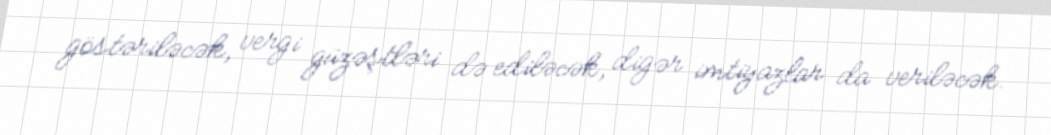
göstəriləcək, vergi güzəştləri də ediləcək, digər imtiyazlar da veriləcək.